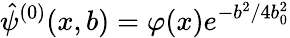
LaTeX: \hat{\psi}^{(0)}(x,b)=\varphi(x)e^{-b^{2}/4b_{0}^{2}}